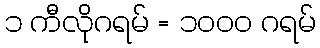
၁ ကီလိုဂရမ် = ၁၀၀၀ ဂရမ်